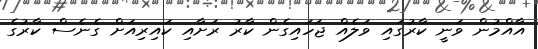
އާއްމުން ވަނީ ކާރުގައި ވަލެއް ޖަހައިގެން ކާރު ރަށާއި ކައިރިއަށް ގެނެސް ކާރުގެ